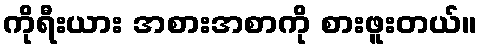
ကိုရီးယား အစားအစာကို စားဖူးတယ်။